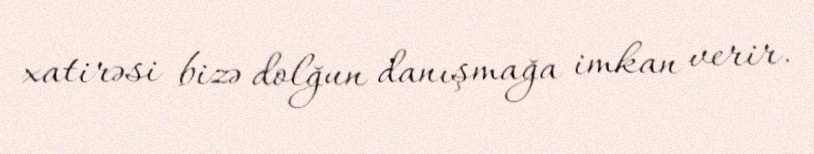
xatirəsi bizə dolğun danışmağa imkan verir.